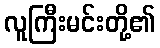
လူကြီးမင်းတို့၏